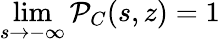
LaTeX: \operatorname*{lim}_{s\to-\infty}{\cal P}_{C}(s,z)=1